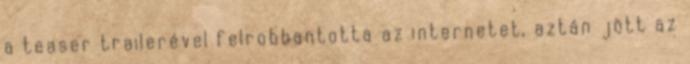
a teaser trailerével felrobbantotta az internetet, aztán jött az